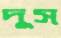
দুস